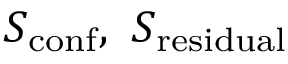
S _ { \mathrm { c o n f } } , \ S _ { \mathrm { r e s i d u a l } }